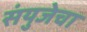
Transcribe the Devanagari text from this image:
संयुजेचा